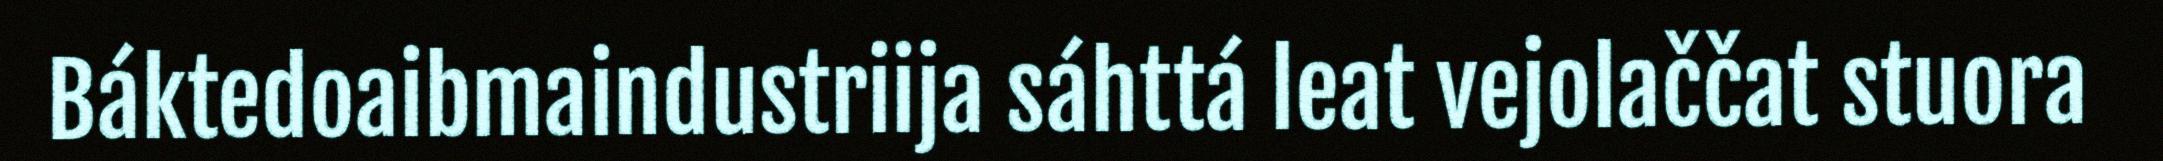
Báktedoaibmaindustriija sáhttá leat vejolaččat stuora